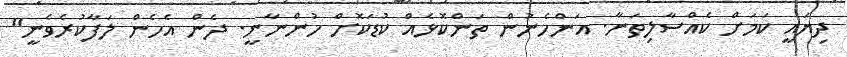
ދިޔައީ ކަމަށް ކެއްސާލިތަނާ. އަންހެނުން ތަންކޮޅެއް ކުޑަކޮށް ހުންނާނީ. ދެން އެހެން ލަފާކުރެވެނީ"